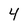
Character: 4